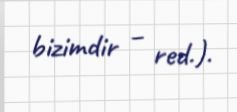
bizimdir – red.).